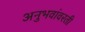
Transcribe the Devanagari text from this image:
अनुभवांवरती